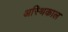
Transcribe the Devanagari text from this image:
अस्थिकाल